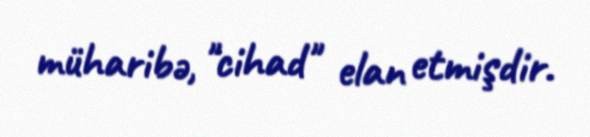
müharibə, "cihad" elan etmişdir.